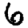
Digit: 6